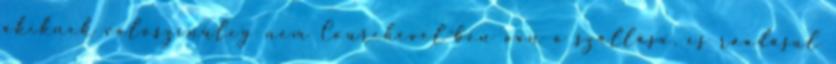
akiknek valószínűleg nem Courchevel-ben van a szállása, és ráadásul